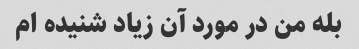
بله من در مورد آن زیاد شنیده ام